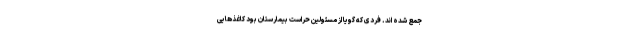
جمع شده اند. فردی که گویا از مسئولین حراست بیمارستان بود کاغذ‌هایی